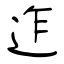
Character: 迮